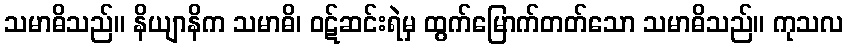
သမာဓိသည်။ နိယျာနိက သမာဓိ၊ ဝဋ်ဆင်းရဲမှ ထွက်မြောက်တတ်သော သမာဓိသည်။ ကုသလ